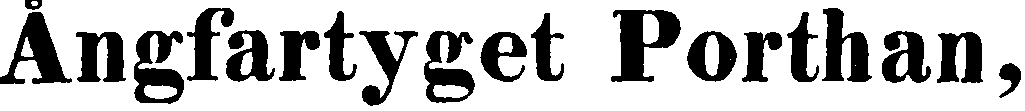
Ångfartyget Porthan,